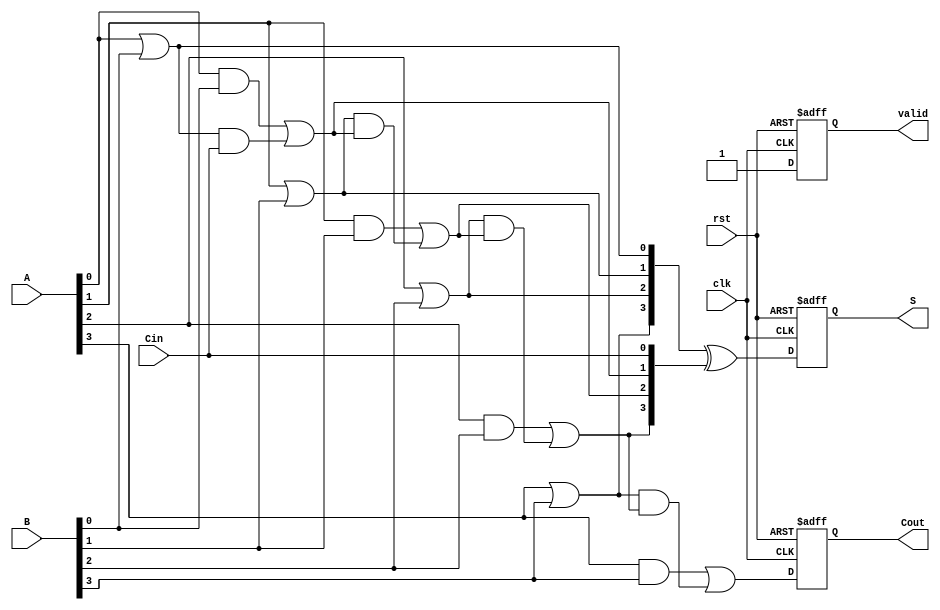
module PipelinedCLA #(parameter N = 4) (
    input  wire [N-1:0] A,           // First n-bit input
    input  wire [N-1:0] B,           // Second n-bit input
    input  wire Cin,                  // Carry-in
    input  wire clk,                  // Clock signal
    input  wire rst,                  // Reset signal
    output reg [N-1:0] S,             // Sum output
    output reg Cout,                  // Carry-out output
    output reg valid                  // Valid signal
);

    // Intermediate signals
    wire [N-1:0] G;                  // Generate signals
    wire [N-1:0] P;                  // Propagate signals
    wire [N:0] C;                    // Carry signals

    // Stage 1: Generate and Propagate Calculation
    generate
        genvar i;
        for (i = 0; i < N; i = i + 1) begin : gen_prop
            assign G[i] = A[i] & B[i];      // Generate
            assign P[i] = A[i] | B[i];      // Propagate
        end
    endgenerate

    // Carry Calculation
    assign C[0] = Cin;  // Carry-in
    generate
        for (i = 0; i < N; i = i + 1) begin : carry_calc
            assign C[i+1] = G[i] | (P[i] & C[i]);  // Carry-out
        end
    endgenerate

    // Stage 2: Sum Calculation
    always @(posedge clk or posedge rst) begin
        if (rst) begin
            S <= 0;
            Cout <= 0;
            valid <= 0;
        end else begin
            S <= P ^ C[N-1:0];  // Sum calculation
            Cout <= C[N];       // Final carry-out
            valid <= 1;         // Indicate output is valid
        end
    end

endmodule